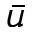
\Bar { u }